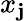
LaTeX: x_{\mathbf{j}}